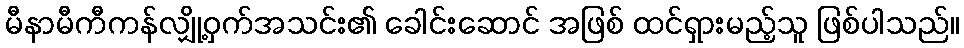
မီနာမီကီကန်လျှို့ဝှက်အသင်း၏ ခေါင်းဆောင် အဖြစ် ထင်ရှားမည့်သူ ဖြစ်ပါသည်။